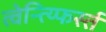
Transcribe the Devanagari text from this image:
त्वेन्त्य्फिर्स्त